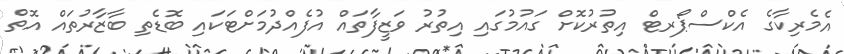
އެމެރިކާގެ އެކްސްޕޯރޓް އިތުރުކޮށް ގައުމުގައި އިތުރު ވަޒީފާތައް އުފެއްދުމަށްޓަކައި ބޮޑެތި ބާޒާރުތައް އޮތް